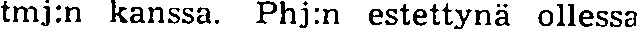
tmj:n kanssa. Phj:n estettynä ollessa